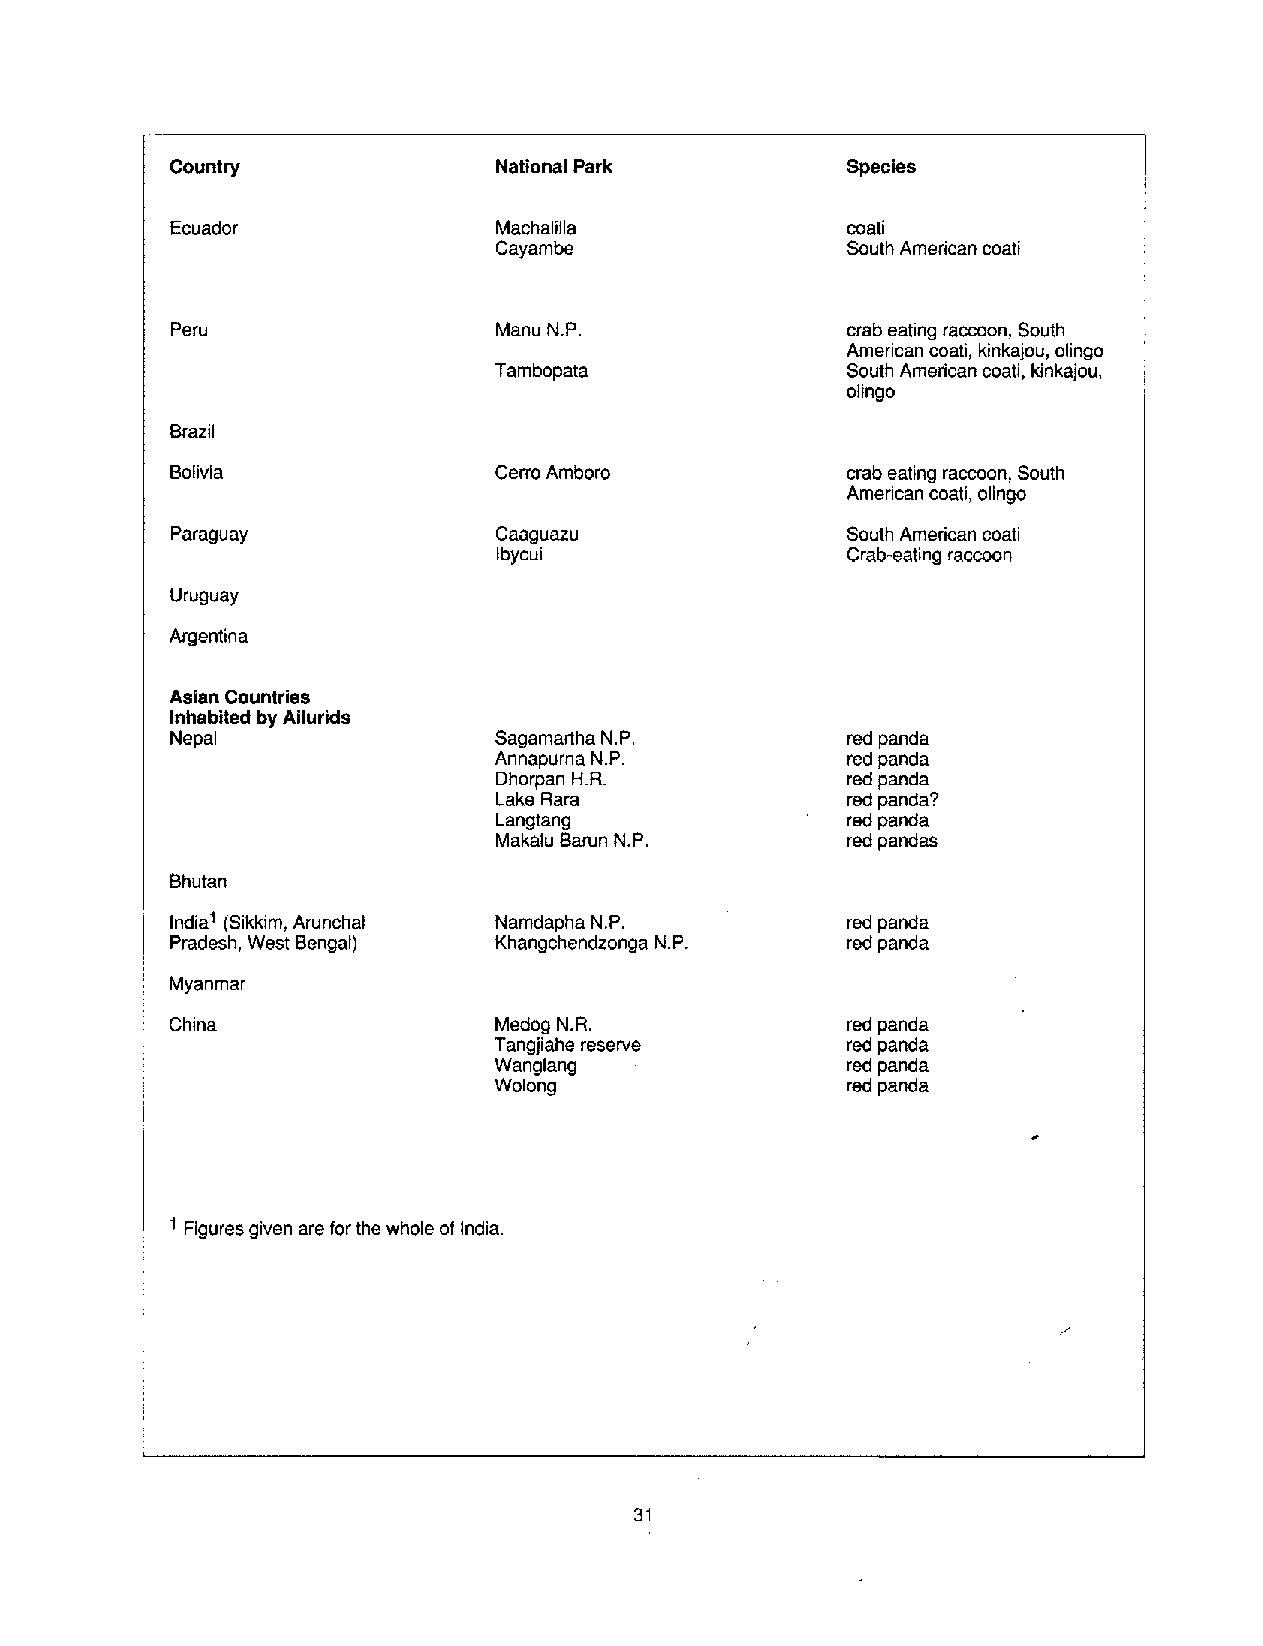
Country               Mational Park          Species
 Ecuador               Machalilla             coati
 Cayambe                South American coati
 Peru                  Manu N.P.              crab eating raccoon, South
 American coati, kinkajou, olingo
 Tambopata              South American coati, kinkajou,
 olingo
 Brazil
 E3olivia              Cerro Amboro           crab eating raccoon, South
 American coati, olingo
 Paraguay              Caaguazu               South American coati
 Ibycui                 Crab-eating raccoon
 Uruguay
 Argentina
 Asian Countries
 InhabIted by Ailurids
 Nepal                 Sagamartha N.P.        red panda
 Annapurna NJ?          red panda
 Dhorpan HR.            red panda
 Lake Rara              red panda?
 tangtang               red panda
 Makalu Barun N.P.      red pandas
 Bhutan
 ,
 India1 (Sikkim, Arunchal Namdapha N.P,       red panda
 Pradesh, West Bengal) Khangchendzonga N.P.   red panda
 Myanmar
 ,
 China                 Medog N.R              red panda
 Tangjiahe reserve      red panda
 Wanglang .             red panda
 Wolong                 red panda
 dc
 1 Figures given are for the whole of India.
 31